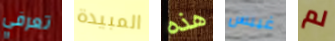
تعرفي المبيدة هذه غيبس لم